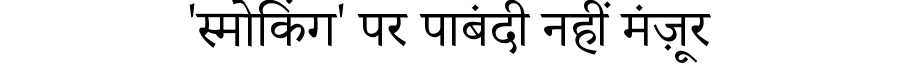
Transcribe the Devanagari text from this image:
'स्मोकिंग' पर पाबंदी नहीं मंज़ूर